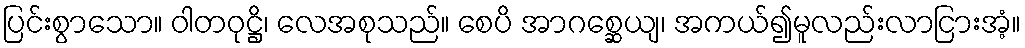
ပြင်းစွာသော။ ဝါတဝုဋ္ဌိ၊ လေအစုသည်။ စေပိ အာဂစ္ဆေယျ၊ အကယ်၍မူလည်းလာငြားအံ့။